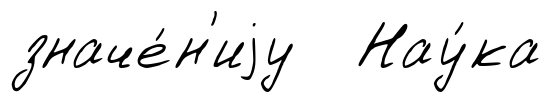
значе́н'иjу Нау́ка